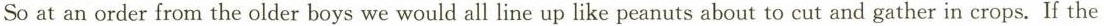
So at an order from the older boys we would all line up like peanuts about to cut and gather in crops.If the